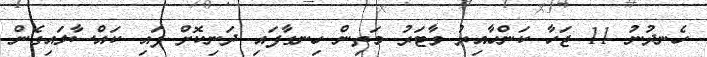
ހެނދުނު 11 ޖަހާ ކަންހާއިރު ވާޓަރު މަތިން ހިނގާފައި ދަނިކޮށް ފައި ކައްސާލައިގެން